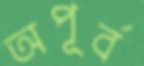
অপূর্ব